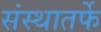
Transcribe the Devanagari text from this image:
संस्थातर्फे